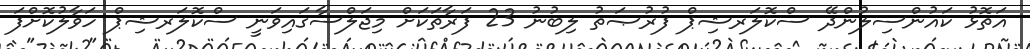
އަތޮޅު ކައުންސިލުންދޭ ސްކޮލަރޝިޕް ފުރުޞަތު ލިބުނު 23 ފަރާތަކަށް މިޖަލްސާގައިވަނީ ސްކޮލަރޝިޕް ހަވާލުކޮށްފަ